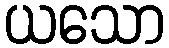
ယသော